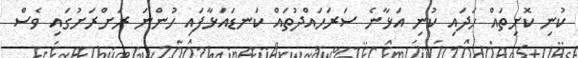
ކުނި ކޮށިތައް ހަދައި ކުނި އަޅާނެ ސަރަހައްދުތައް ކަނޑައަޅާފައި ހުންނަ ރަށްރަށުގައި ވެސް